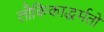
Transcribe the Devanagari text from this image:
लौकिकाद्धर्मतो